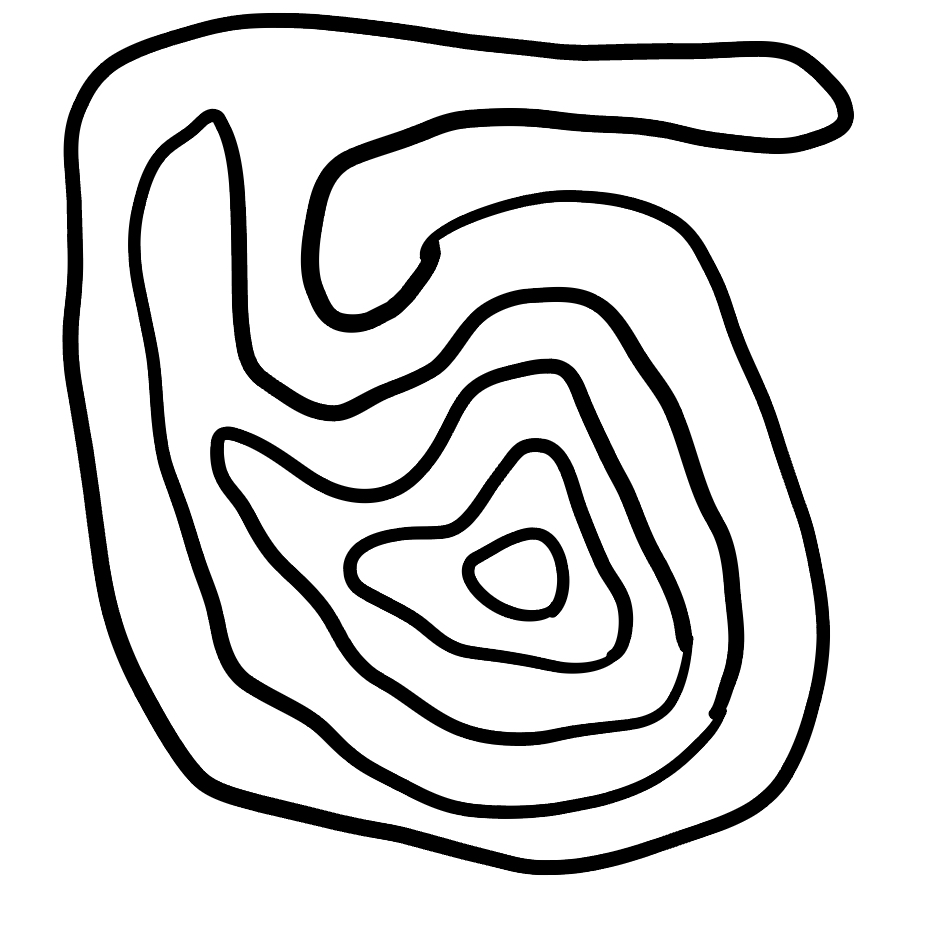
Number of regions (including the outer root region): 6
Containment tree edges (parent, child): 0, 1, 1, 2, 2, 3, 3, 4, 4, 5